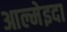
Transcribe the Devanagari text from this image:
आल्मेइदा